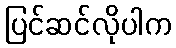
ပြင်ဆင်လိုပါက